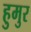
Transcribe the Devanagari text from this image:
हुमुर